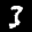
Label: 3